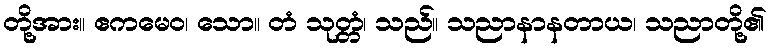
တို့အား။ ဧကမေဝ၊ သော။ တံ သုတ္တံ၊ သည်။ သညာနာနတာယ၊ သညာတို့၏